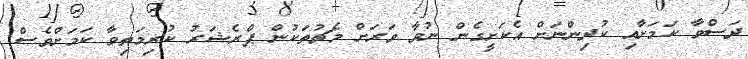
ދަސްވާ ކަމަށާއި ކުދިންނަށް އެކަށީގެން ނުވާ ވަރަށް މެޗުތަކުން ޕްރެޝަރު ކުރިމަތިވާ ކަމަށްވެސް